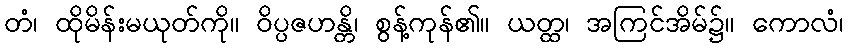
တံ၊ ထိုမိန်းမယုတ်ကို။ ဝိပ္ပဇဟန္တိ၊ စွန့်ကုန်၏။ ယတ္ထ၊ အကြင်အိမ်၌။ ကောလံ၊